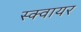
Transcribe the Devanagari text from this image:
स्‍क्‍वायर